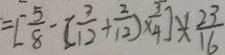
= [ \frac { 5 } { 8 } - ( \frac { 3 } { 1 2 } + \frac { 2 } { 1 2 } ) \times \frac { 3 } { 4 } ] \times \frac { 2 3 } { 1 6 }